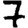
Digit: 7